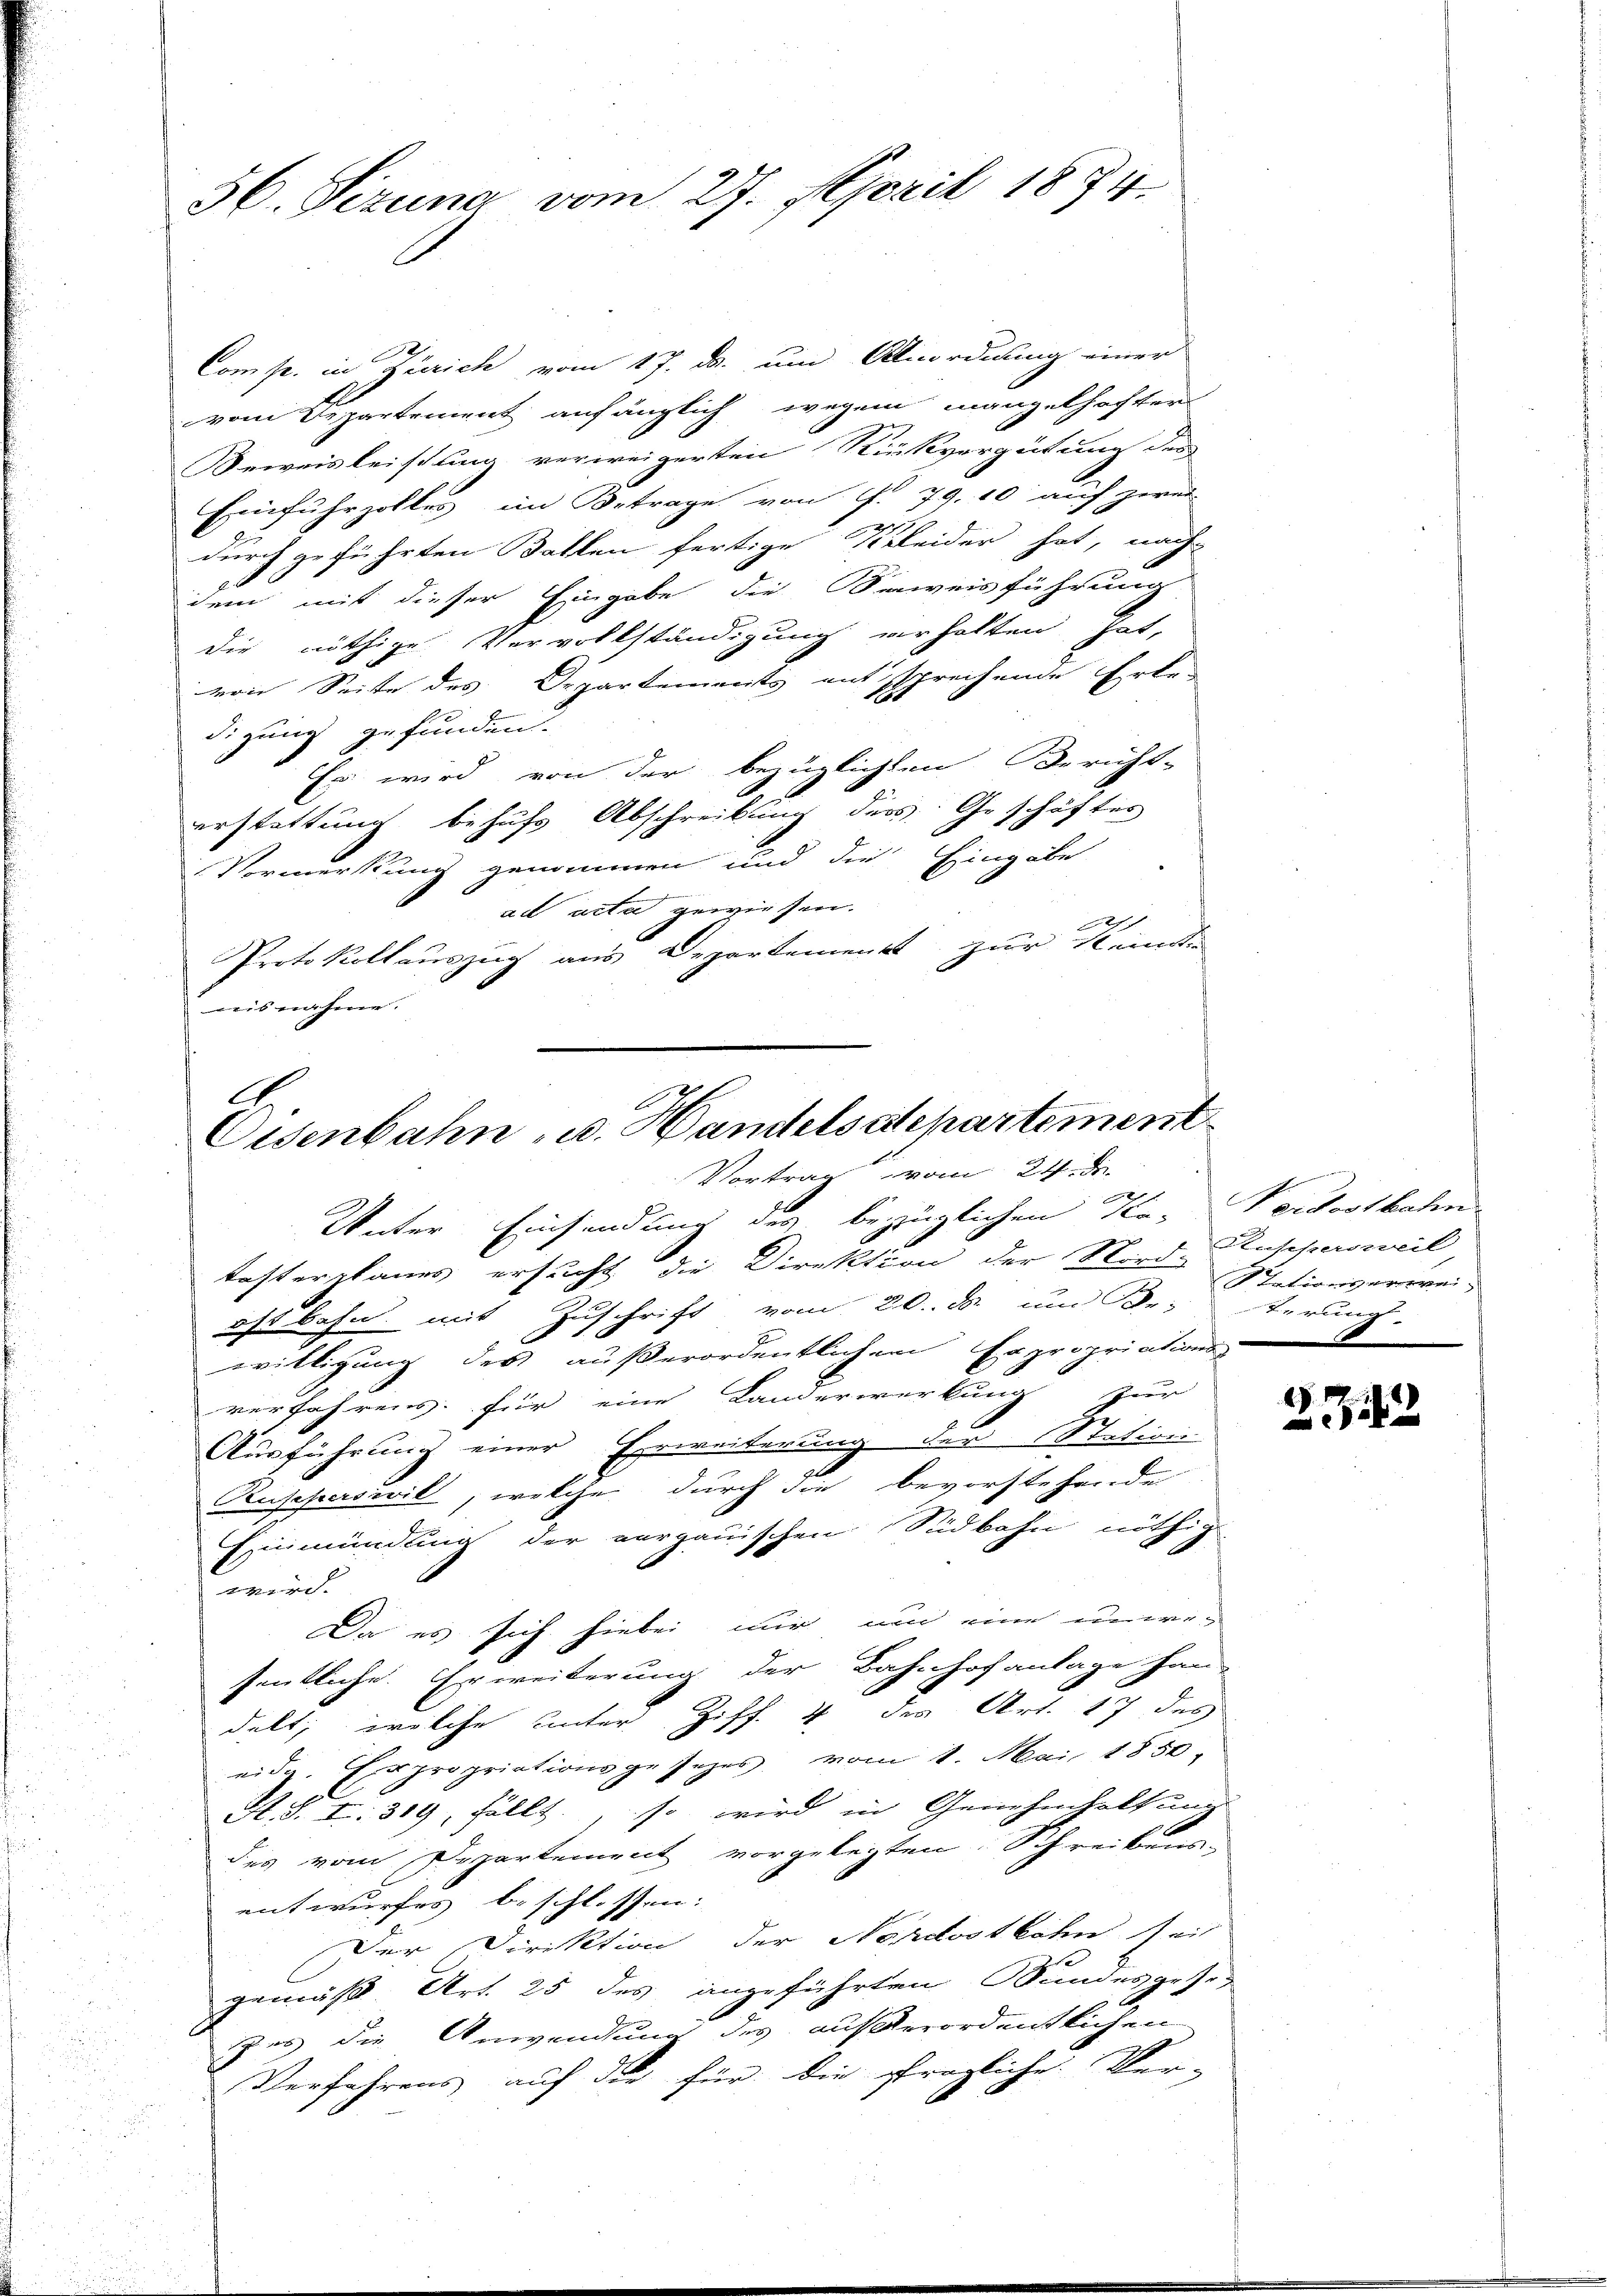
36. Sizung vom 27. April 1874.

Comp. in Zürich vom 17. ds. um Anordnung einer
vom Departement anfänglich wegen mangelhafter
Beweisleistung verweigerten Rückvergütung des
Einfuhrzolles im Betrage von P. 79, 10 auf zwei-
durch geführten Ballen fertige Kleider hat, nach
dem mit dieser Eingabe die Beweisführung
die nöthige Vervollständigung verhalten hat,
von Seite des Departements entsprechende Erbe
digung gefunden.
Es wird von der bezüglichten Bericht-
erstattung behufs Abschreibung der Geschäftes
Vormerkung genommen und die Eingabe
ad acta gewiesen.
Protokollauszug aus Departement zur Kennt
weis nahme.

.
Cisenbahn u. Handelsdepartement
Vortrag vom 24. De

Unter Einsendung des bezüglichen Ka- Verdostbahn
tasterplanes ersucht die Direktion der Nord-Ruspersweil
oft bahn mit Zuschrift vom 20. ds. um Dr. Terung.
willigung des außerordentlichem Expropriations-
verfahrens für eine Landerwerkung zur
Ausführung einer Erweiterung der Station
Russersivil, welche durch die bevorstehende
Einmündung der verganischen Südbahn nöthig
wird.
Da es sich hiebei nur und eine uner-
sentliche. Erweiterung der Bahnhofanlage han-
delt; welche Unter Ziff. 4 des Art. 17 des
eidg. Er propriationsgesezes vom 1. Mai 1850,
A. S. I: 319, fällt, so wird in Genehmhaltung
des vom Departement vorgelegten. Schreibens-
entwurfes beschlossen:
Der Direktion der Nordostbahn seit
gemäß Art. 25 des angeführten Bundesgese-
zes die Anwendung des außerordentlichen
Verfahrens auf der für die fragliche Ver-

Stationserwei-

272